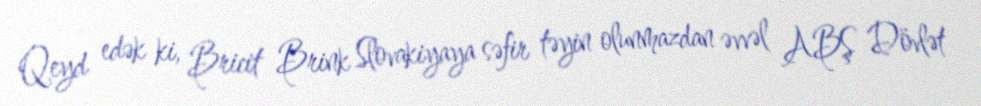
Qeyd edək ki, Bricit Brink Slovakiyaya səfir təyin olunmazdan əvvəl ABŞ Dövlət